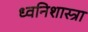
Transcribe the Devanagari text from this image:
ध्वनिशास्त्रा